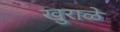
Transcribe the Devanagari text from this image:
खुराळे